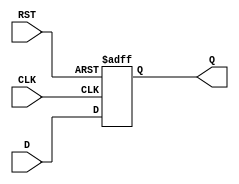
module DataRegister #(
    parameter WIDTH = 8  // Parameter to define the width of the register
)(
    input wire [WIDTH-1:0] D,     // Data Input
    input wire CLK,                // Clock Input
    input wire RST,                // Reset Input
    output reg [WIDTH-1:0] Q       // Data Output
);

// Asynchronous reset
always @(posedge CLK or posedge RST) begin
    if (RST) begin
        Q <= {WIDTH{1'b0}}; // Clear the register to 0
    end else begin
        Q <= D; // Capture data on clock edge
    end
end

endmodule